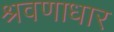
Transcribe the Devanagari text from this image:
श्रवणाधार